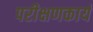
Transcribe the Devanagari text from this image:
परीक्षणकार्य